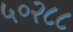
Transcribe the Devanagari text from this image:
५०२८८